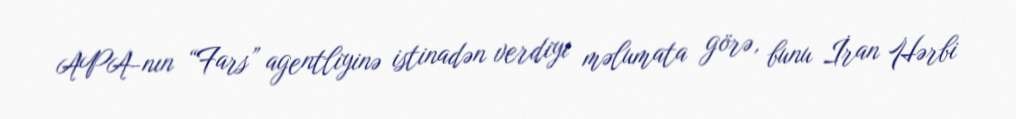
APA-nın “Fars” agentliyinə istinadən verdiyi məlumata görə, bunu İran Hərbi